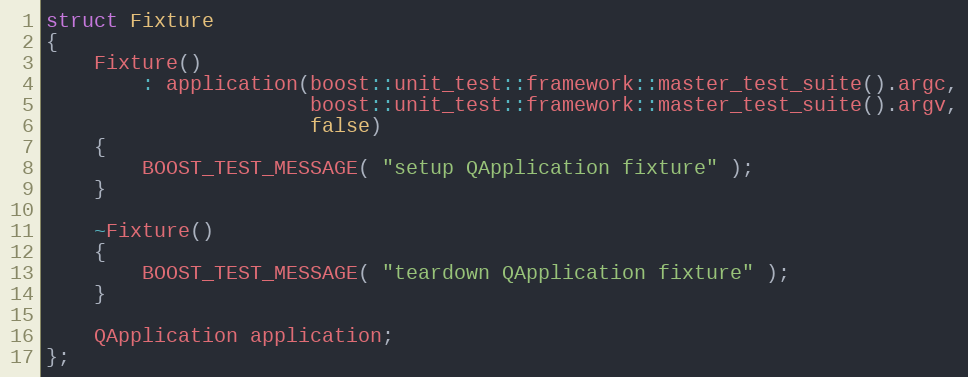
Language: C++
struct Fixture
{
    Fixture()
        : application(boost::unit_test::framework::master_test_suite().argc,
                      boost::unit_test::framework::master_test_suite().argv,
                      false)
    {
        BOOST_TEST_MESSAGE( "setup QApplication fixture" );
    }

    ~Fixture()
    {
        BOOST_TEST_MESSAGE( "teardown QApplication fixture" );
    }

    QApplication application;
};